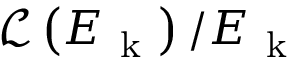
\mathcal { L } \left( E _ { \mathrm { ~ k ~ } } \right) / E _ { \mathrm { ~ k ~ } }